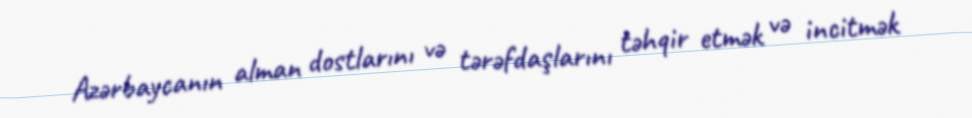
Azərbaycanın alman dostlarını və tərəfdaşlarını təhqir etmək və incitmək